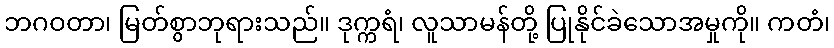
ဘဂဝတာ၊ မြတ်စွာဘုရားသည်။ ဒုက္ကရံ၊ လူသာမန်တို့ ပြုနိုင်ခဲသောအမှုကို။ ကတံ၊